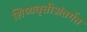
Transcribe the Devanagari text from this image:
शिष्यवृत्तीअंतर्गत